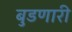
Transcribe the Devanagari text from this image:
बुडणारी